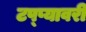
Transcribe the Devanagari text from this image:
टप्प्यावरी